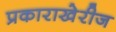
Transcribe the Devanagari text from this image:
प्रकाराखेरीज